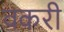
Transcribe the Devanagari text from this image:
वकरी